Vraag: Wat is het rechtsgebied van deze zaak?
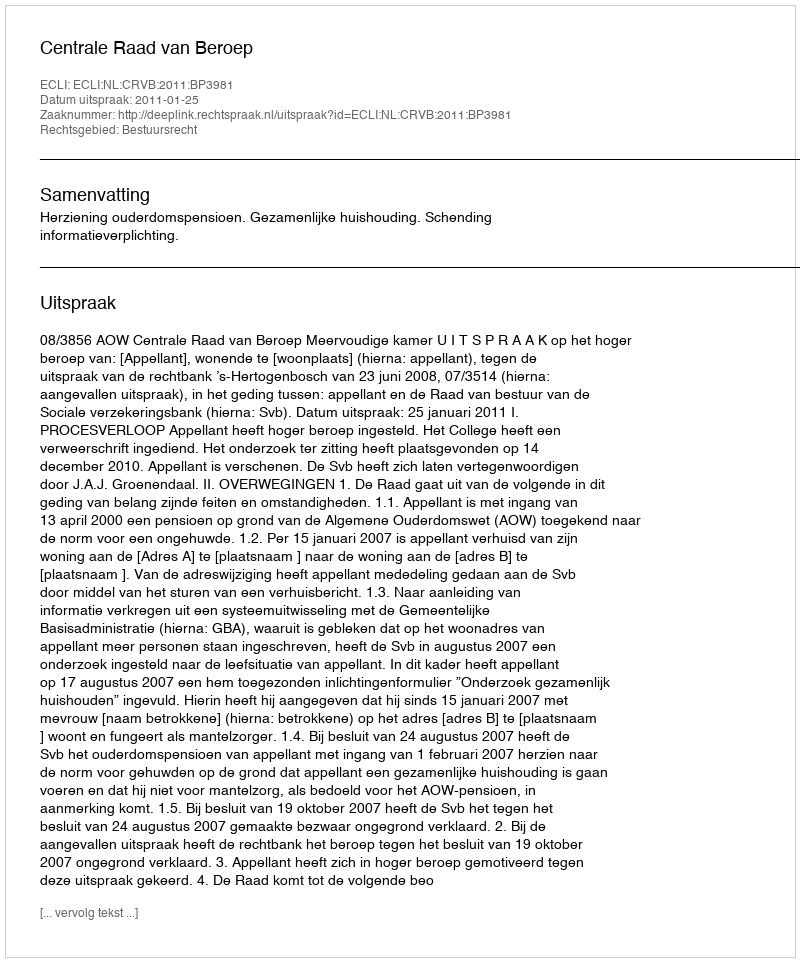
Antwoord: Bestuursrecht